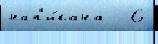
нап'и́сана   6